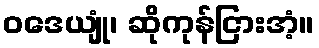
ဝဒေယျုံ၊ ဆိုကုန်ငြားအံ့။